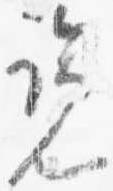
覧